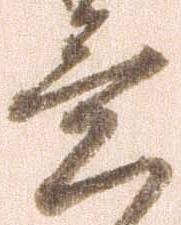
意